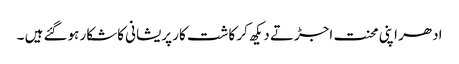
ادھر اپنی محنت اجڑتے دیکھ کر کاشت کار پریشانی کاشکار ہوگئے ہیں ۔